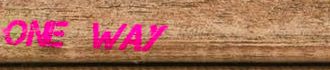
ONE WAY